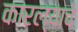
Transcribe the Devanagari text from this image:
कारल्याचे